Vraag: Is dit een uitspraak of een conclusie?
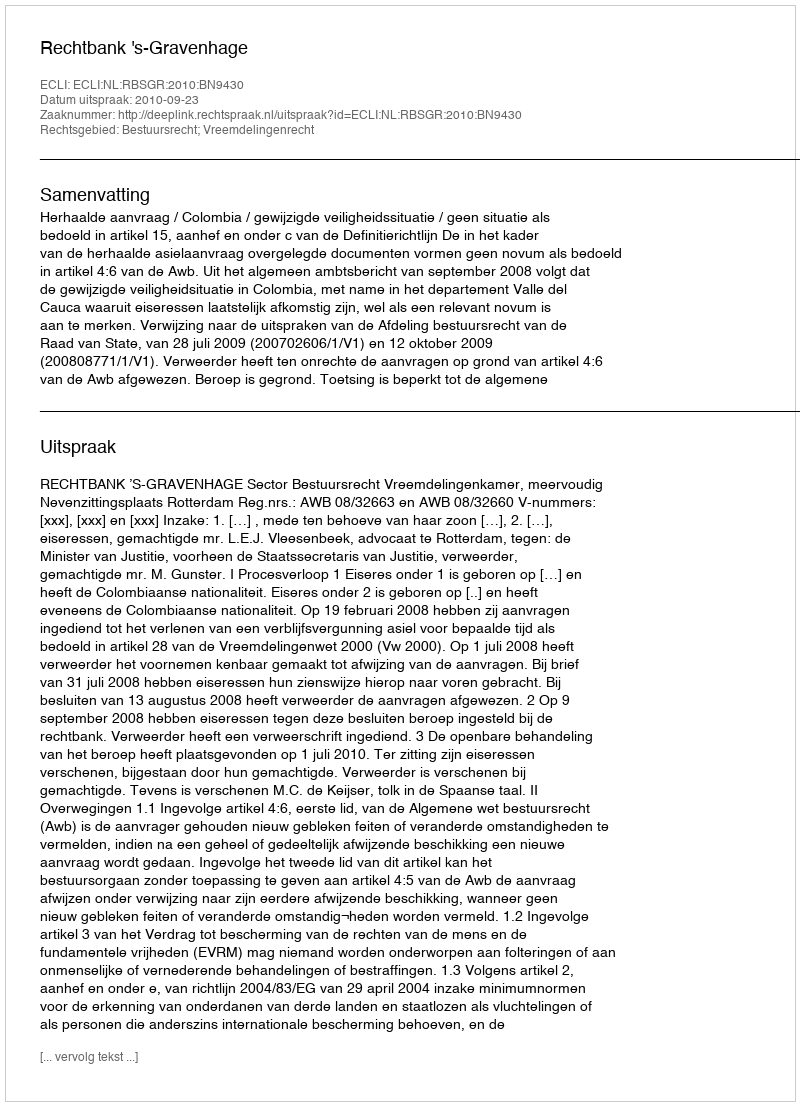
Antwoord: Uitspraak